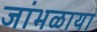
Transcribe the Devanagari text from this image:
जांभळाया